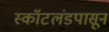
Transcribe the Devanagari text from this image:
स्कॉटलंडपासून